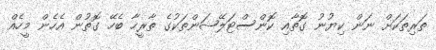
ތަރިތަކަށް ނަން ކިޔުނު ގޮތާއި ކޮންސްޓަލޭޝަންތަކުގެ ތާރީހާ ބެހޭ ގޮތުން އެހެން މީހެއް